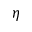
\eta